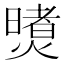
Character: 𪹶